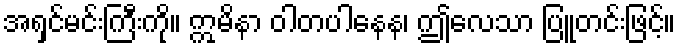
အရှင်မင်းကြီးကို။ ဣမိနာ ဝါတပါနေန၊ ဤလေသာ ပြူတင်းဖြင့်။